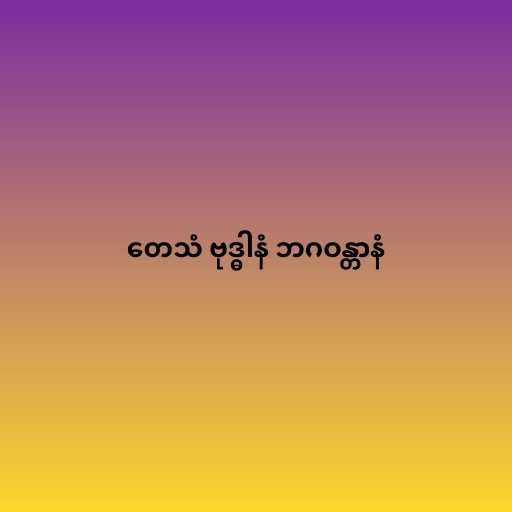
တေသံ ဗုဒ္ဓါနံ ဘဂဝန္တာနံ